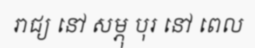
រាជ្យ នៅ សម្ភុ បុរ នៅ ពេល